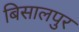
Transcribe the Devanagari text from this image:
बिसालपुर